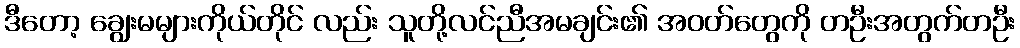
ဒီတော့ ချွေးမများကိုယ်တိုင် လည်း သူတို့လင်ညီအမချင်း၏ အဝတ်တွေကို တဦးအတွက်တဦး